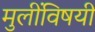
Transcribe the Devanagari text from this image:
मुलींविषयी